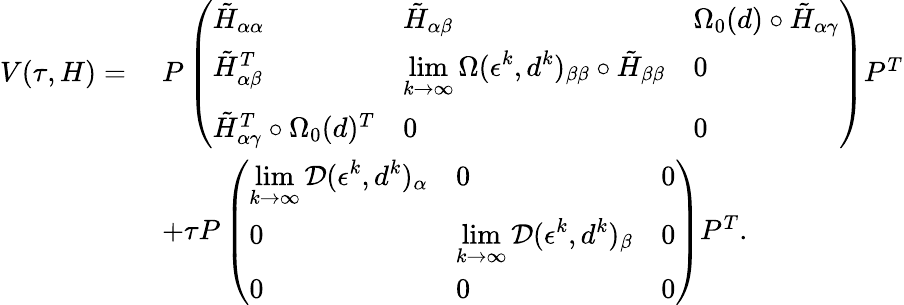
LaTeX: \begin{array}{rl}{V(\tau,H)=}&{\; P\left(\begin{array}{lll}{\tilde{H}_{\alpha\alpha}}&{\tilde{H}_{\alpha\beta}}&{\Omega_{0}(d)\circ\tilde{H}_{\alpha\gamma}}\\ {\tilde{H}_{\alpha\beta}^{T}}&{\displaystyle\operatorname*{lim}_{k\rightarrow\infty}\Omega(\epsilon^{k},d^{k})_{\beta\beta}\circ\tilde{H}_{\beta\beta}}&{0}\\ {\tilde{H}_{\alpha\gamma}^{T}\circ\Omega_{0}(d)^{T}}&{0}&{0}\end{array}\right)P^{T}}\\ &{\; +\tau P\left(\begin{array}{lll}{\displaystyle\operatorname*{lim}_{k\rightarrow\infty}\mathcal{D}(\epsilon^{k},d^{k})_{\alpha}}&{0}&{0}\\ {0}&{\displaystyle\operatorname*{lim}_{k\rightarrow\infty}\mathcal{D}(\epsilon^{k},d^{k})_{\beta}}&{0}\\ {0}&{0}&{0}\end{array}\right)P^{T}.}\end{array}